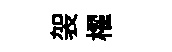
袈櫂